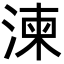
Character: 湅